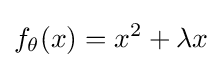
f_{\theta }(x)=x^{2}+\lambda x